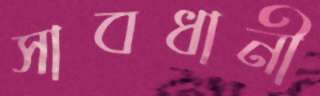
সাবধানী